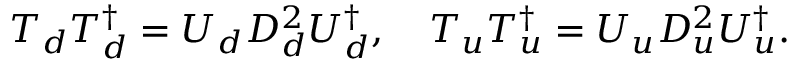
T _ { d } T _ { d } ^ { \dagger } = U _ { d } D _ { d } ^ { 2 } U _ { d } ^ { \dagger } , \quad T _ { u } T _ { u } ^ { \dagger } = U _ { u } D _ { u } ^ { 2 } U _ { u } ^ { \dagger } .